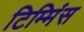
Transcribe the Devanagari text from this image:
टिम्मिंस